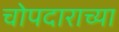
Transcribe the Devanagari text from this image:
चोपदाराच्या